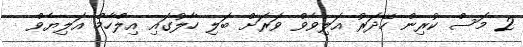
2 މަސް ކުރިން ހޭދަރު އަލިވެވް ވަރަށް ބަލި ހާލުގައި އިލްހާމް އަލިޔެވް